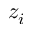
z _ { i }